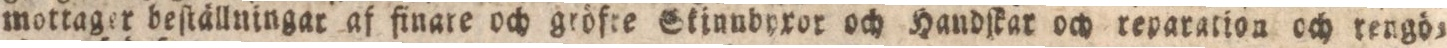
mottager beſtällningar af finare ochgröfre Skinnbyxor och Handſkar och reparation och rengö=